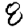
Digit: 8